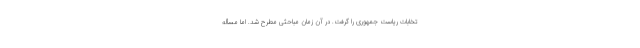
تخابات ریاست جمهوری را گرفت. در آن زمان مباحثی مطرح شد. اما مسأله